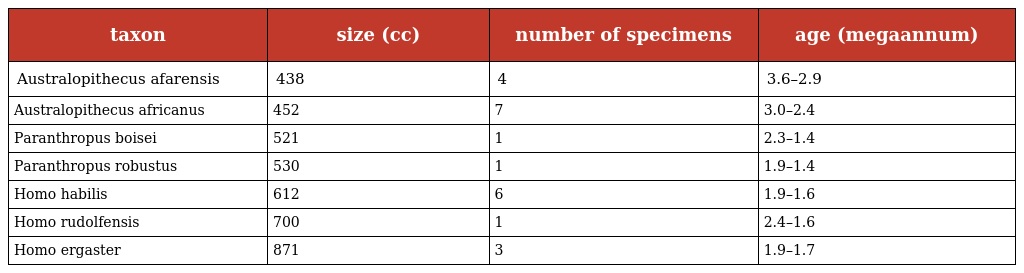
| taxon | size (cc) | number of specimens | age (megaannum) |
 | --- | --- | --- | --- |
 | Australopithecus afarensis | 438 | 4 | 3.6–2.9 |
 | Australopithecus africanus | 452 | 7 | 3.0–2.4 |
 | Paranthropus boisei | 521 | 1 | 2.3–1.4 |
 | Paranthropus robustus | 530 | 1 | 1.9–1.4 |
 | Homo habilis | 612 | 6 | 1.9–1.6 |
 | Homo rudolfensis | 700 | 1 | 2.4–1.6 |
 | Homo ergaster | 871 | 3 | 1.9–1.7 |